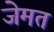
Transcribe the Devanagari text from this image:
जेमत